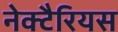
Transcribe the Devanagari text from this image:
नेक्टैरियस